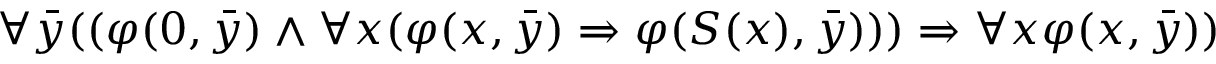
\forall { \bar { y } } ( ( \varphi ( 0 , { \bar { y } } ) \land \forall x ( \varphi ( x , { \bar { y } } ) \Rightarrow \varphi ( S ( x ) , { \bar { y } } ) ) ) \Rightarrow \forall x \varphi ( x , { \bar { y } } ) )